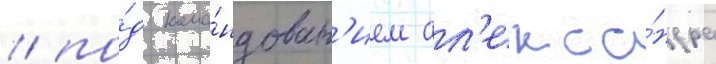
/ по́д кома́ндован'ием ал'екса́ндра